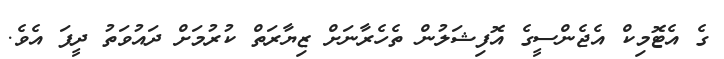
ގެ އެޓޮމިކް އެޖެންސީގެ އޮފިޝަލުން ތެހެރާނަށް ޒިޔާރަތް ކުރުމަށް ދައުވަތު ދީފަ އެވެ.